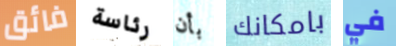
فائق رئاسة بأن بامكانك في